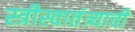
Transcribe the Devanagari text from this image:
स्त्रीस्वातंत्र्याची